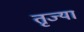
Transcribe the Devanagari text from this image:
तृज्या